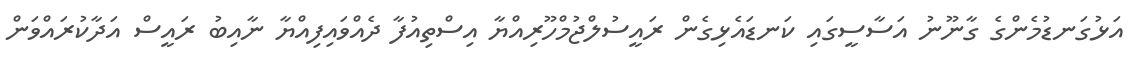
އަޅުގަނޑުމެންގެ ގާނޫނު އަސާސީގައި ކަނޑައެޅިގެން ރައީސުލްޖުމްހޫރިއްޔާ އިސްތިއުފާ ދެއްވައިފިއްޔާ ނާއިބު ރައީސް އަދާކުރައްވަން